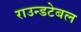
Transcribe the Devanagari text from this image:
राउन्डटेबल